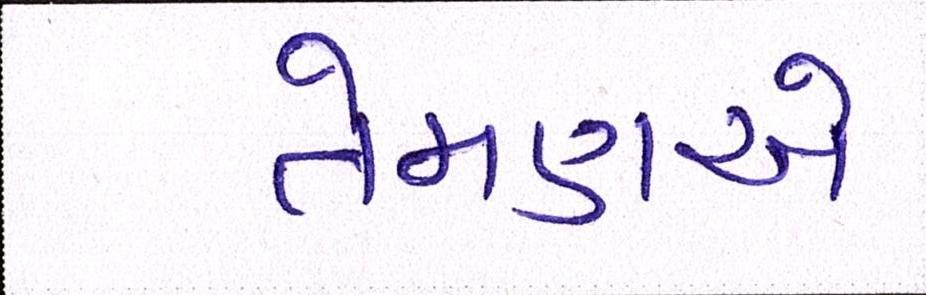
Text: તેમણએ